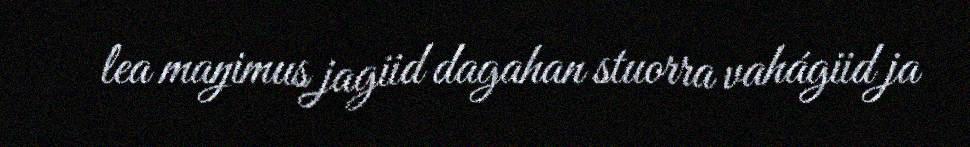
lea maŋimus jagiid dagahan stuorra vahágiid ja